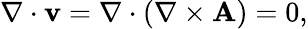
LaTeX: \nabla\cdot\mathbf{v}=\nabla\cdot(\nabla\times\mathbf{A})=0,